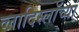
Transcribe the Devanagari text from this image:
व्लादिस्लॉच्या